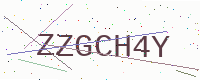
Text: ZZGCH4Y